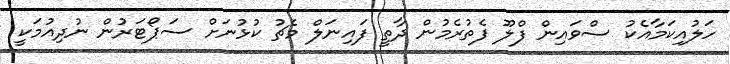
ހަލުއިކަމާއެކު ސްވައިން ފްލޫ ފެތުރެމުން ދާތީ ފައިނަލް މެޗު ކުޅުނަށް ސަޕޯޓަރުން ނުދިއުމަކީ